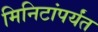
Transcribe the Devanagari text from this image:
मिनिटांपर्यंत